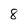
Character: 8